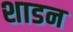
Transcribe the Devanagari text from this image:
शाडन